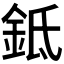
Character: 𬫌